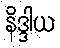
နိဒ္ဒါယ